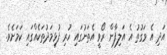
އަދި އެ ވަގުތު އެ އަލިފާން ރޯވީ އެތަނުގައި ހުރި ފުޅިމަދުތަކެއްގައި ކަމަށެވެ.